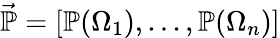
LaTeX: \vec{\mathbb{P}}=[\mathbb{P}(\Omega_{1}),...,\mathbb{P}(\Omega_{n})]